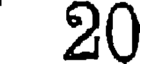
20